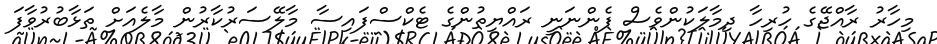
މިހާރު ރާއްޖޭގެ ހުރިހާ ދިމާލަކުންވެސް ފެންނަނީ ރައްޔިތުންގެ ޓެކްސްފައިސާ މާލޭސަރުކާރުން މާލެއަށް ތަޅާބުރުވާފަ